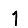
Digit: 1